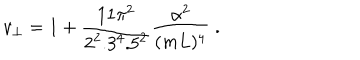
LaTeX: v _ { \bot } = 1 + { \frac { 1 1 \pi ^ { 2 } } { 2 ^ { 2 } . 3 ^ { 4 } . 5 ^ { 2 } } } { \frac { \alpha ^ { 2 } } { ( m L ) ^ { 4 } } } \; .